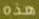
هذه